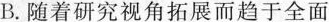
B.随着研究视角拓展而趋于全面